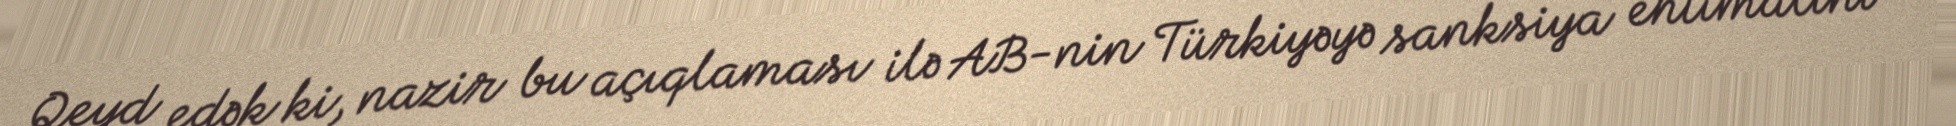
Qeyd edək ki, nazir bu açıqlaması ilə AB-nin Türkiyəyə sanksiya ehtimalını